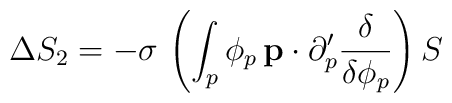
\Delta S_{2}=-\sigma \,\left( \int_{p}\phi _{p}\,{\bf p}\cdot \partial_{p}^{\prime }\frac{\delta }{\delta \phi _{p}}\right) S